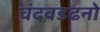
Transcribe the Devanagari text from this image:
चंदवडढनो